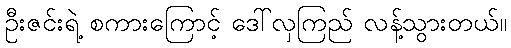
ဦးဇင်းရဲ့ စကားကြောင့် ဒေါ်လှကြည် လန့်သွားတယ်။